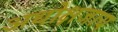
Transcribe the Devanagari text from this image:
अधोक्षजाय